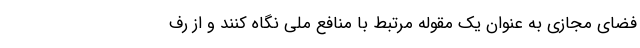
فضای مجازی به عنوان یک مقوله مرتبط با منافع ملی نگاه کنند و از رف